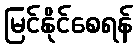
မြင်နိုင်စေရန်